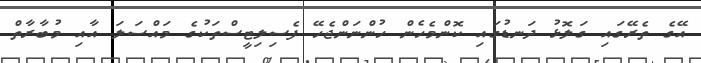
އޭގެ ތެރޭގައި ގަލޮޅު ދަނޑުގައި ކޮންމެހެން ހުންނަންޖެހޭ ފެސިލިޓީސްތަކުގެ މައްސަލަ އާއި މުބާރާތް